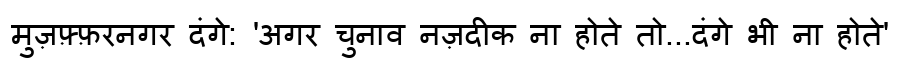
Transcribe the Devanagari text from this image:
मुज़फ़्फ़रनगर दंगे: 'अगर चुनाव नज़दीक ना होते तो...दंगे भी ना होते'